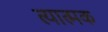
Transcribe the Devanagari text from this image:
त्यात्मक